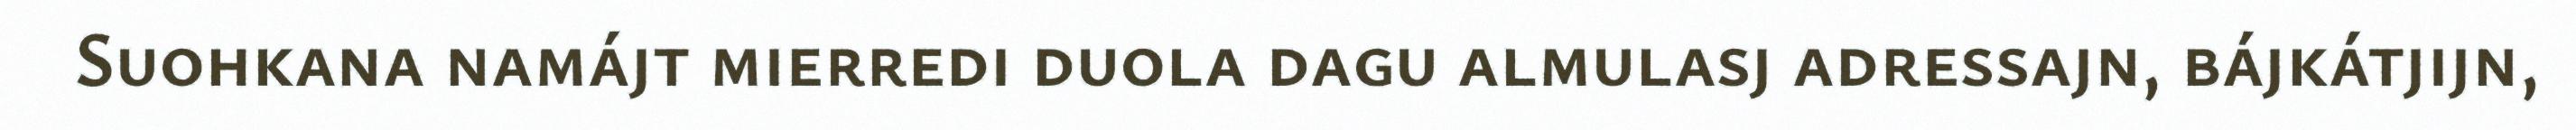
Suohkana namájt mierredi duola dagu almulasj adressajn, bájkátjijn,